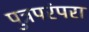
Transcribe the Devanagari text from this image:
पुत्रपरंपरा